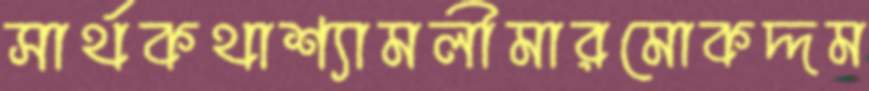
সার্থকথাশ্যামলীমারমোকদ্দম